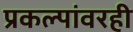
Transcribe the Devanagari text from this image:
प्रकल्पांवरही